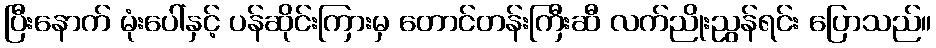
ပြီးနောက် မုံးပေါ်နှင့် ပန်ဆိုင်းကြားမှ တောင်တန်းကြီးဆီ လက်ညိုးညွန်ရင်း ပြောသည်။